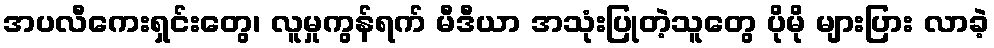
အပလီကေးရှင်းတွေ၊ လူမှုကွန်ရက် မီဒီယာ အသုံးပြုတဲ့သူတွေ ပိုမို များပြား လာခဲ့